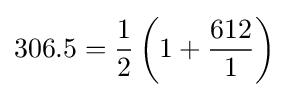
306.5={\frac {1}{2}}\left(1+{\frac {612}{1}}\right)